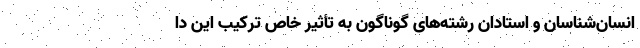
انسان‌شناسان و استادان رشته‌های گوناگون به تأثیر خاص ترکیب این دا